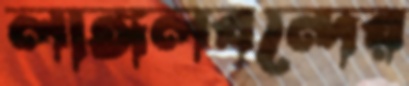
লাঙ্গলবন্দের